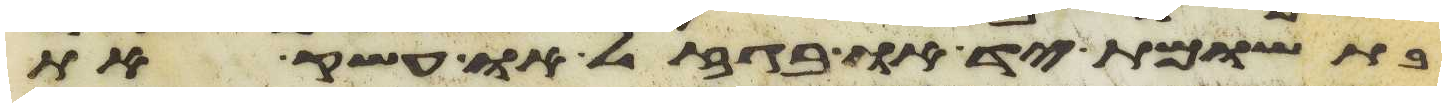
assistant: בתשומת יד או בגזל או עשק את